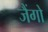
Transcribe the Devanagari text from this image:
जैंगो